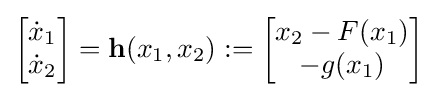
{\begin{bmatrix}{\dot {x}}_{1}\\{\dot {x}}_{2}\end{bmatrix}}=\mathbf {h} (x_{1},x_{2}):={\begin{bmatrix}x_{2}-F(x_{1})\\-g(x_{1})\end{bmatrix}}